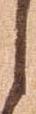
之